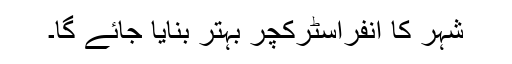
شہر کا انفراسٹرکچر بہتر بنایا جائے گا۔